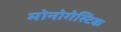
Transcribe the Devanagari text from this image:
मोनोगेस्टिक